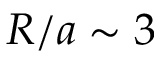
R / a \sim 3